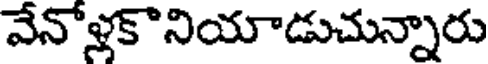
వేనోళ్లకొనియాడుచున్నారు